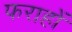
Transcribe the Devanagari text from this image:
फराहों